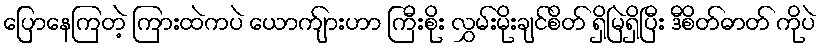
ပြောနေကြတဲ့ ကြားထဲကပဲ ယောက်ျားဟာ ကြီးစိုး လွှမ်းမိုးချင်စိတ် ရှိမြဲရှိပြီး ဒီစိတ်ဓာတ် ကိုပဲ